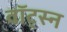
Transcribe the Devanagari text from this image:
वॉट्स्न